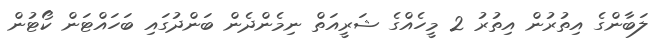
ލަބާންގެ އިތުރުން އިތުރު 2 މީހެއްގެ ޝަރީއަތް ނިމެންދެން ބަންދުގައި ބަހައްޓަން ކޯޓުން